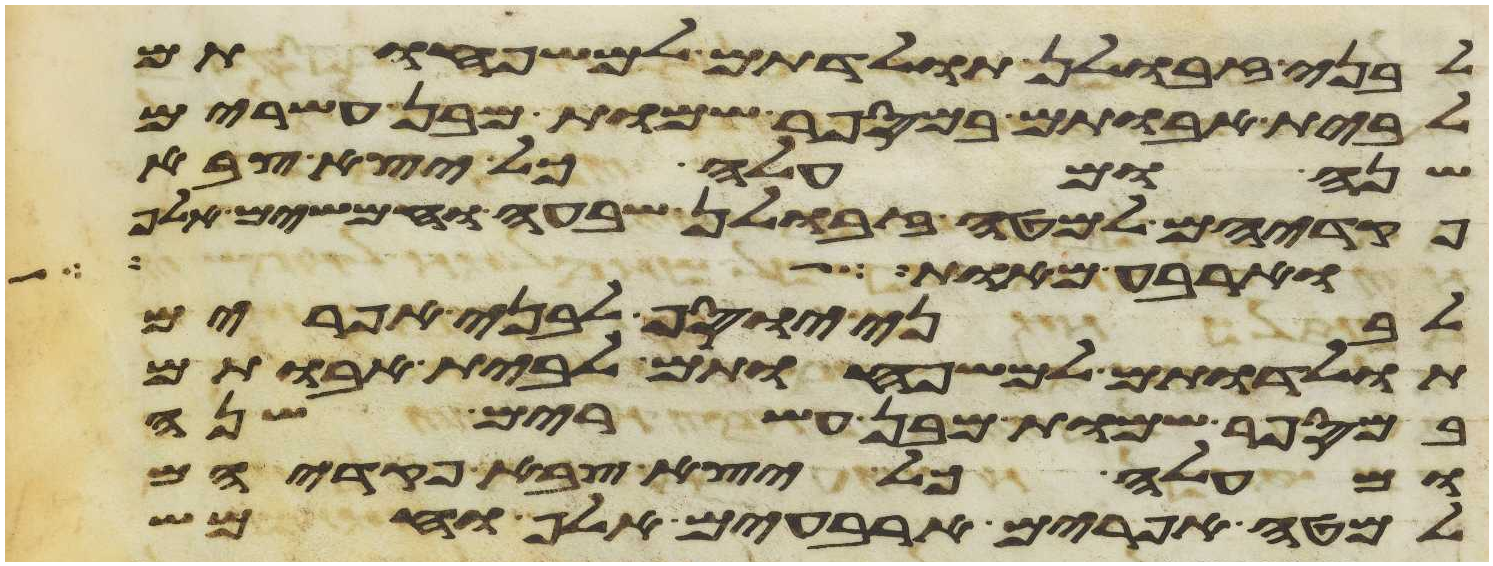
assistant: לבני זבולן תולדתם למשפחותם
לבית אבותם במספר שמות מבן עשרים
שנה ומעלה כל יצא צבא
פקדיהם למטה זבולן שבעה וחמשים אלף
וארבע מאות כל
לבני יוסף לבני אפרים
תולדתם למשפחותם לבית אבותם
במספר שמות מבן עשרים שנה
ומעלה כל יצא צבא פקדיהם
למטה אפרים ארבעים אלף וחמש